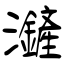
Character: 滻